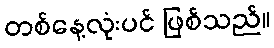
တစ်နေ့လုံးပင် ဖြစ်သည်။